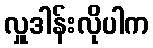
လှူဒါန်းလိုပါက